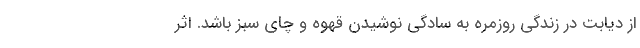
از دیابت در زندگی روزمره به سادگی نوشیدن قهوه و چای سبز باشد. اثر